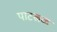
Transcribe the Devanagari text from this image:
पाटखळ